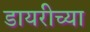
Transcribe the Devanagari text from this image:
डायरीच्या